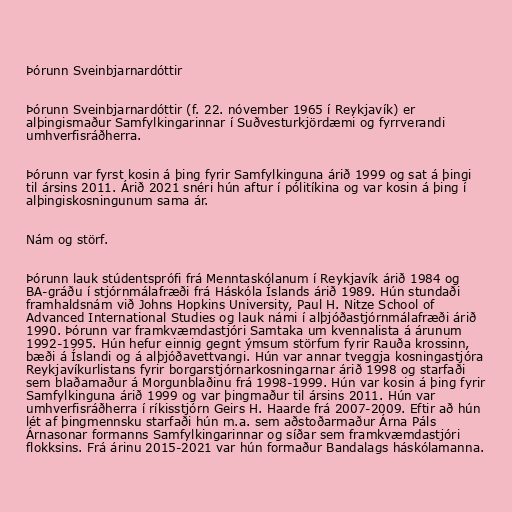
Þórunn Sveinbjarnardóttir

Þórunn Sveinbjarnardóttir (f. 22. nóvember 1965 í Reykjavík) er
alþingismaður Samfylkingarinnar í Suðvesturkjördæmi og fyrrverandi
umhverfisráðherra.

Þórunn var fyrst kosin á þing fyrir Samfylkinguna árið 1999 og sat á þingi
til ársins 2011. Árið 2021 snéri hún aftur í pólitíkina og var kosin á þing í
alþingiskosningunum sama ár.

Nám og störf.

Þórunn lauk stúdentsprófi frá Menntaskólanum í Reykjavík árið 1984 og
BA-gráðu í stjórnmálafræði frá Háskóla Íslands árið 1989. Hún stundaði
framhaldsnám við Johns Hopkins University, Paul H. Nitze School of
Advanced International Studies og lauk námi í alþjóðastjórnmálafræði árið
1990. Þórunn var framkvæmdastjóri Samtaka um kvennalista á árunum
1992-1995. Hún hefur einnig gegnt ýmsum störfum fyrir Rauða krossinn,
bæði á Íslandi og á alþjóðavettvangi. Hún var annar tveggja kosningastjóra
Reykjavíkurlistans fyrir borgarstjórnarkosningarnar árið 1998 og starfaði
sem blaðamaður á Morgunblaðinu frá 1998-1999. Hún var kosin á þing fyrir
Samfylkinguna árið 1999 og var þingmaður til ársins 2011. Hún var
umhverfisráðherra í ríkisstjórn Geirs H. Haarde frá 2007-2009. Eftir að hún
lét af þingmennsku starfaði hún m.a. sem aðstoðarmaður Árna Páls
Árnasonar formanns Samfylkingarinnar og síðar sem framkvæmdastjóri
flokksins. Frá árinu 2015-2021 var hún formaður Bandalags háskólamanna.